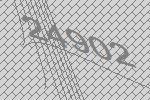
24902